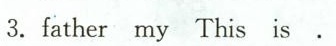
3.father my This is.